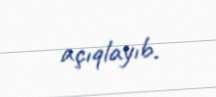
açıqlayıb.